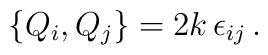
\left\{  Q_i, Q_j \right\} =  2k \, \epsilon_{ij}\, .